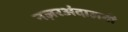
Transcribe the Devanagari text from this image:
नज़रअंदाज़गी